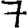
Digit: 7